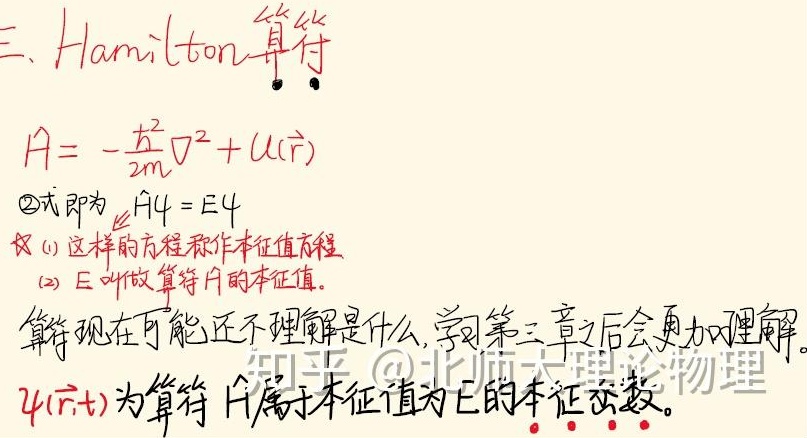
三、Hamilton 算符\(\hat{H}=-\frac{\hbar^2}{2m}\nabla^2 + U(\vec{r})\)。\(\textcircled{2}\)式即为 \(\hat{H}\psi = E\psi\)。
又(1) 这样的方程称作本征值方程。
(2) \(E\) 叫做算符 \(\hat{H}\) 的本征值。算符现在可能还不理解是什么，学习第三章之后会更加理解。\(\psi(\vec{r},t)\) 为算符 \(\hat{H}\) 属于本征值为 \(E\) 的本征函数。知乎 @北师大理 论物理。